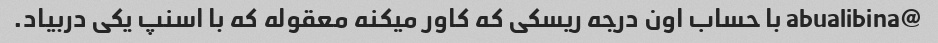
@abualibina با حساب اون درجه ریسکی که کاور میکنه معقوله که با اسنپ یکی دربیاد.